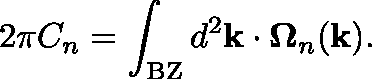
2 \pi C _ { n } = \int _ { \mathrm { B Z } } d ^ { 2 } \mathbf { k } \cdot \mathbf { \Omega } _ { n } ( \mathbf { k } ) .